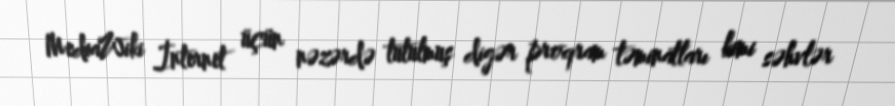
MediaWiki İnternet üçün nəzərdə tutulmuş digər proqram təminatları kimi səhvlər